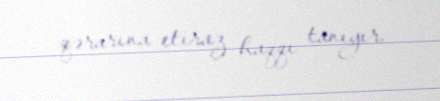
qərarına etiraz haqqı tanıyır.